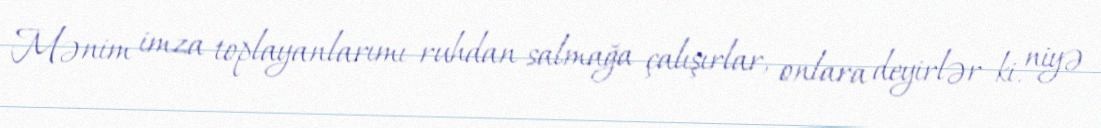
Mənim imza toplayanlarımı ruhdan salmağa çalışırlar, onlara deyirlər ki, niyə